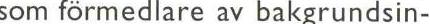
som förmedlare av bakgrundsin-